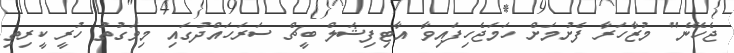
ޖެހޭނެ" މުޒާހަރާ ފެށުމަށް ހަަމަޖެހިފައިވާ އާޓިފިޝަލް ބީޗް ސަރަހައްދުގައި މިވަގުތު ހުރީ ކީރިތި